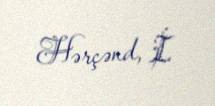
Hərçənd, İ.